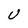
Character: U